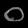
Digit: ၀